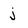
Character: j